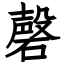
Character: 磬